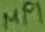
Text: MP1